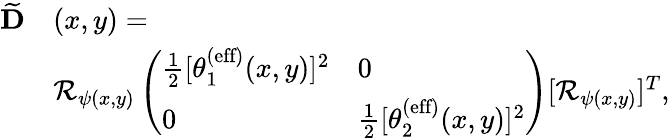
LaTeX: \begin{array}{rl}{\widetilde{\mathbf{D}}}&{(x,y)=}\\ &{\mathcal{R}_{\psi(x,y)}\left(\begin{array}{ll}{\frac{1}{2}[\theta_{1}^{\textrm{(eff)}}(x,y)]^{2}}&{0}\\ {0}&{\frac{1}{2}[\theta_{2}^{\textrm{(eff)}}(x,y)]^{2}}\end{array}\right)[\mathcal{R}_{\psi(x,y)}]^{T},}\end{array}